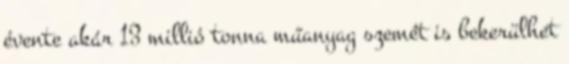
évente akár 13 millió tonna műanyag szemét is bekerülhet